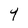
Character: 9